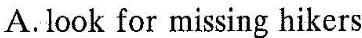
A. look for missing hikers